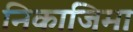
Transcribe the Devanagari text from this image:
निकाजिमा